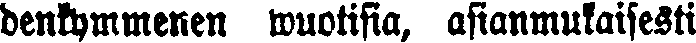
denkymmenen wuotisia, asianmukaisesti